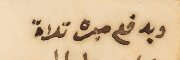
ويدفع ميره تلاة